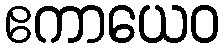
ဧကာယေဝ